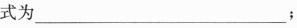
式为___________；